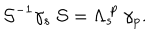
{ \cal S } ^ { - 1 } \gamma _ { s } ~ { \cal S } = \Lambda _ { s } ^ { ~ p } ~ \gamma _ { p } .